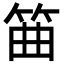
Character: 筁